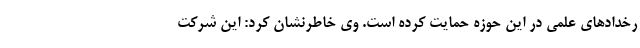
رخدادهای علمی در این حوزه حمایت کرده است. وی خاطرنشان کرد: این شرکت